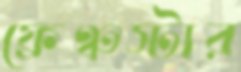
ফ্রেঞ্চস্টার